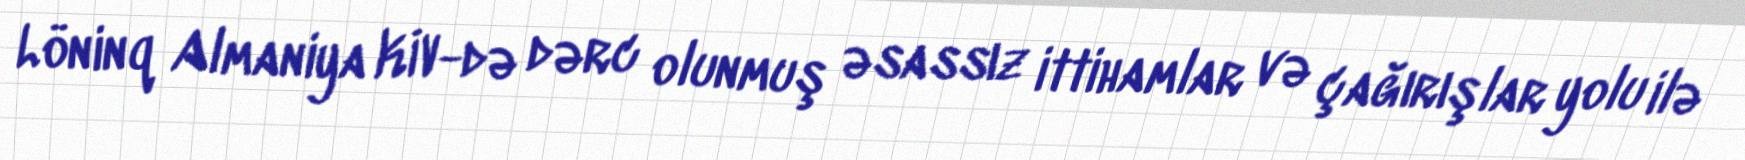
Löninq Almaniya KİV-də dərc olunmuş əsassız ittihamlar və çağırışlar yolu ilə